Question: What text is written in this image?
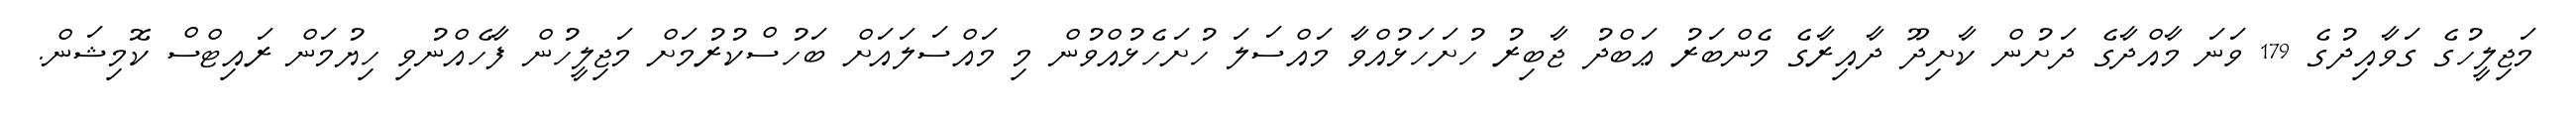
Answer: މަޖިލީހުގެ ގަވާއިދުގެ 179 ވަނަ މާއްދާގެ ދަށުން ކާށިދޫ ދާއިރާގެ މެންބަރު ޢަބްދު ޖާބިރު ހުށަހަޅުއްވާ މައްސަލަ ހުށަހެޅުއްވުން މި މައްސަލައަށް ބަހުސްކުރުމަށް މަޖިލީހުން ފާހެއްނުވި ހިޔުމަން ރައިޓްސް ކޮމިޝަން.